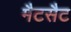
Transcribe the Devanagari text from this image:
मैटसैट